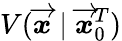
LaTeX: V(\overrightarrow{\mathbfit{x}}\mid\overrightarrow{\mathbfit{x}}_{0}^{T})